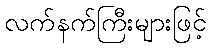
လက်နက်ကြီးများဖြင့်